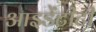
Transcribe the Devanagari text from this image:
आइडेंटीटी